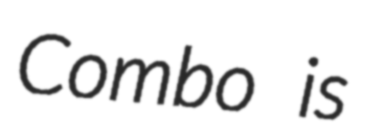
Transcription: Combo is